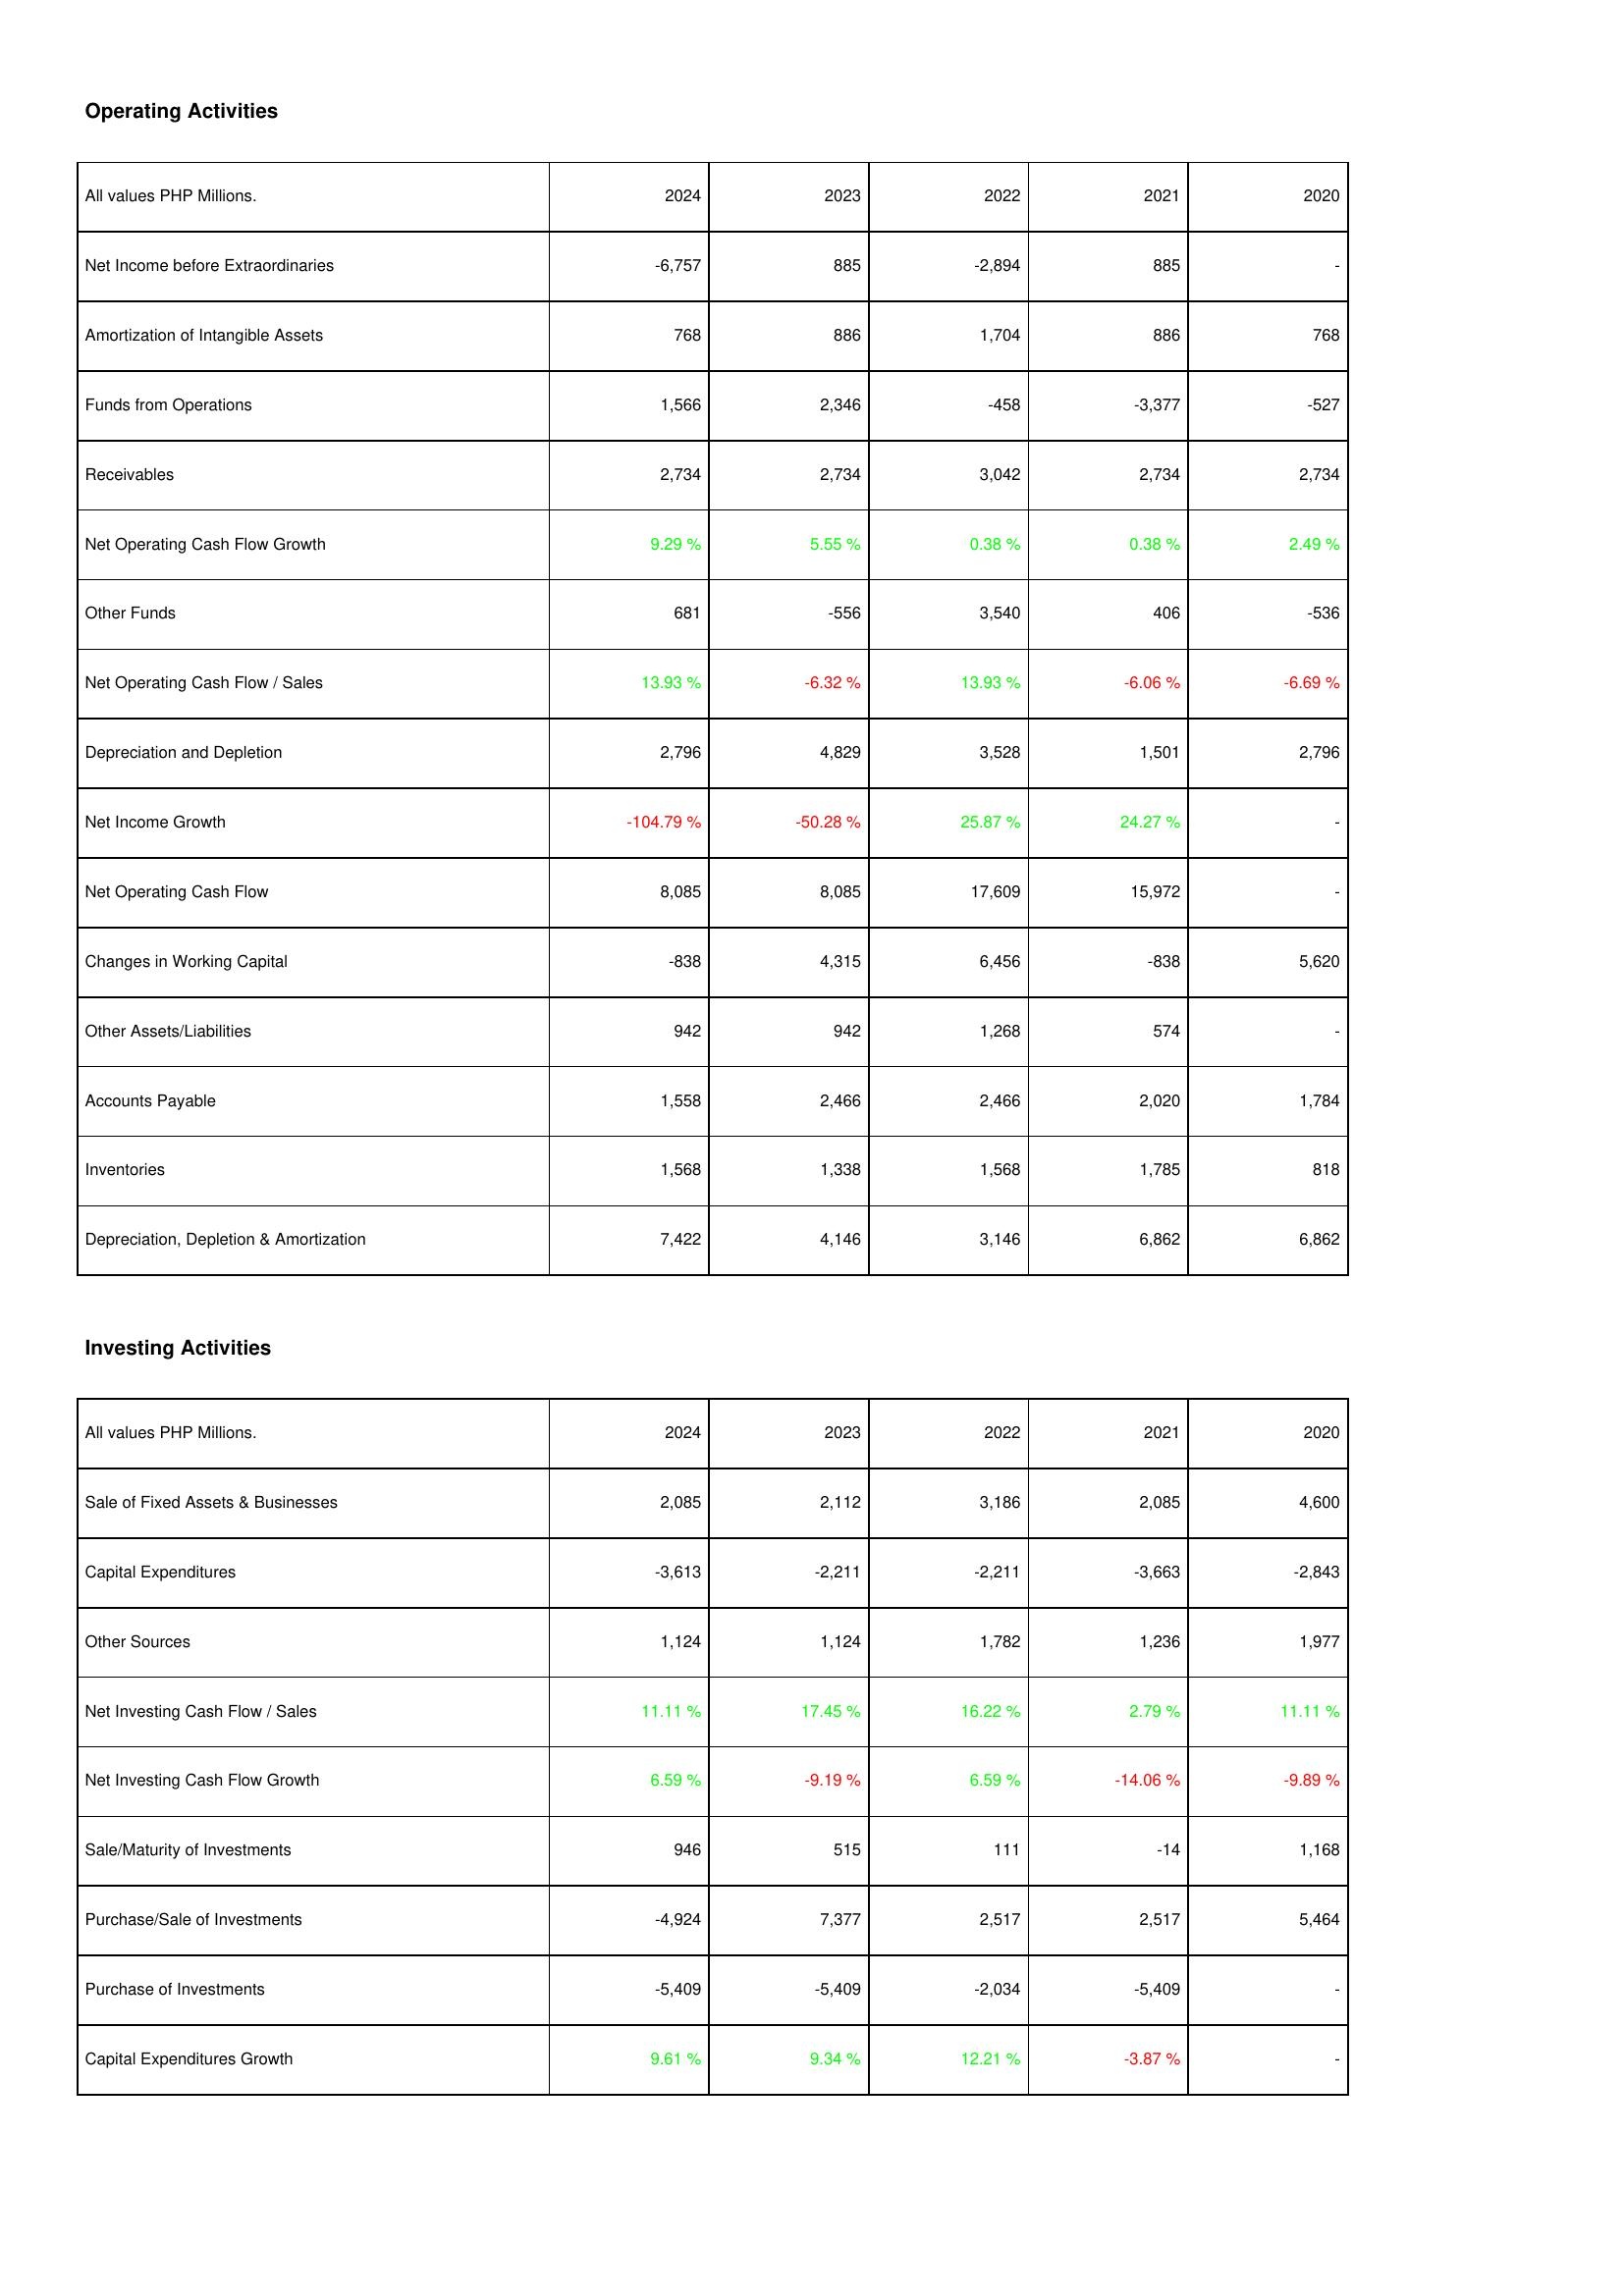
2024: Operating Activities: Net Income before Extraordinaries: -6,757
Amortization of Intangible Assets: 768
Funds from Operations: 1,566
Receivables: 2,734
Net Operating Cash Flow Growth: 9.29 %
Other Funds: 681
Net Operating Cash Flow / Sales: 13.93 %
Depreciation and Depletion: 2,796
Net Income Growth: -104.79 %
Net Operating Cash Flow: 8,085
Changes in Working Capital: -838
Other Assets/Liabilities: 942
Accounts Payable: 1,558
Inventories: 1,568
Depreciation, Depletion & Amortization: 7,422
Investing Activities: Sale of Fixed Assets & Businesses: 2,085
Capital Expenditures: -3,613
Other Sources: 1,124
Net Investing Cash Flow / Sales: 11.11 %
Net Investing Cash Flow Growth: 6.59 %
Sale/Maturity of Investments: 946
Purchase/Sale of Investments: -4,924
Purchase of Investments: -5,409
Capital Expenditures Growth: 9.61 %
2023: Operating Activities: Net Income before Extraordinaries: 885
Amortization of Intangible Assets: 886
Funds from Operations: 2,346
Receivables: 2,734
Net Operating Cash Flow Growth: 5.55 %
Other Funds: -556
Net Operating Cash Flow / Sales: -6.32 %
Depreciation and Depletion: 4,829
Net Income Growth: -50.28 %
Net Operating Cash Flow: 8,085
Changes in Working Capital: 4,315
Other Assets/Liabilities: 942
Accounts Payable: 2,466
Inventories: 1,338
Depreciation, Depletion & Amortization: 4,146
Investing Activities: Sale of Fixed Assets & Businesses: 2,112
Capital Expenditures: -2,211
Other Sources: 1,124
Net Investing Cash Flow / Sales: 17.45 %
Net Investing Cash Flow Growth: -9.19 %
Sale/Maturity of Investments: 515
Purchase/Sale of Investments: 7,377
Purchase of Investments: -5,409
Capital Expenditures Growth: 9.34 %
2022: Operating Activities: Net Income before Extraordinaries: -2,894
Amortization of Intangible Assets: 1,704
Funds from Operations: -458
Receivables: 3,042
Net Operating Cash Flow Growth: 0.38 %
Other Funds: 3,540
Net Operating Cash Flow / Sales: 13.93 %
Depreciation and Depletion: 3,528
Net Income Growth: 25.87 %
Net Operating Cash Flow: 17,609
Changes in Working Capital: 6,456
Other Assets/Liabilities: 1,268
Accounts Payable: 2,466
Inventories: 1,568
Depreciation, Depletion & Amortization: 3,146
Investing Activities: Sale of Fixed Assets & Businesses: 3,186
Capital Expenditures: -2,211
Other Sources: 1,782
Net Investing Cash Flow / Sales: 16.22 %
Net Investing Cash Flow Growth: 6.59 %
Sale/Maturity of Investments: 111
Purchase/Sale of Investments: 2,517
Purchase of Investments: -2,034
Capital Expenditures Growth: 12.21 %
2021: Operating Activities: Net Income before Extraordinaries: 885
Amortization of Intangible Assets: 886
Funds from Operations: -3,377
Receivables: 2,734
Net Operating Cash Flow Growth: 0.38 %
Other Funds: 406
Net Operating Cash Flow / Sales: -6.06 %
Depreciation and Depletion: 1,501
Net Income Growth: 24.27 %
Net Operating Cash Flow: 15,972
Changes in Working Capital: -838
Other Assets/Liabilities: 574
Accounts Payable: 2,020
Inventories: 1,785
Depreciation, Depletion & Amortization: 6,862
Investing Activities: Sale of Fixed Assets & Businesses: 2,085
Capital Expenditures: -3,663
Other Sources: 1,236
Net Investing Cash Flow / Sales: 2.79 %
Net Investing Cash Flow Growth: -14.06 %
Sale/Maturity of Investments: -14
Purchase/Sale of Investments: 2,517
Purchase of Investments: -5,409
Capital Expenditures Growth: -3.87 %
2020: Operating Activities: Net Income before Extraordinaries: -
Amortization of Intangible Assets: 768
Funds from Operations: -527
Receivables: 2,734
Net Operating Cash Flow Growth: 2.49 %
Other Funds: -536
Net Operating Cash Flow / Sales: -6.69 %
Depreciation and Depletion: 2,796
Net Income Growth: -
Net Operating Cash Flow: -
Changes in Working Capital: 5,620
Other Assets/Liabilities: -
Accounts Payable: 1,784
Inventories: 818
Depreciation, Depletion & Amortization: 6,862
Investing Activities: Sale of Fixed Assets & Businesses: 4,600
Capital Expenditures: -2,843
Other Sources: 1,977
Net Investing Cash Flow / Sales: 11.11 %
Net Investing Cash Flow Growth: -9.89 %
Sale/Maturity of Investments: 1,168
Purchase/Sale of Investments: 5,464
Purchase of Investments: -
Capital Expenditures Growth: -